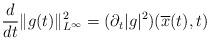
LaTeX: \begin{align*}\frac{d}{dt}\|g(t)\|^2_{L^\infty}= (\partial_t |g|^2)(\overline{x}(t),t)\end{align*}